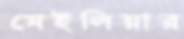
মেইলিয়ার